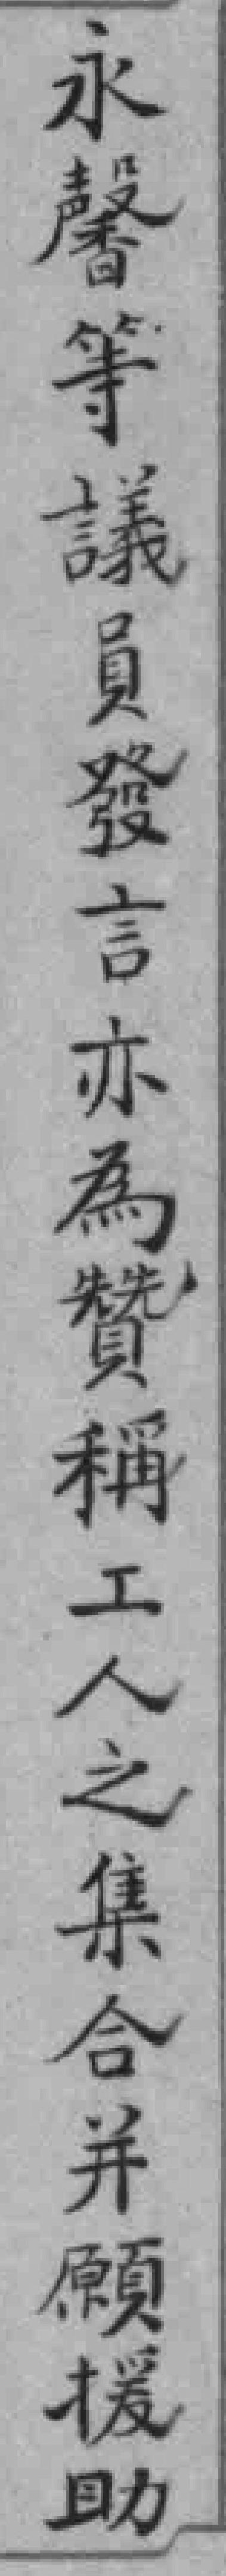
永馨等議員發言亦為贊稱工人之集合并願援助